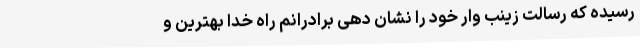
رسیده که رسالت زینب وار خود را نشان دهی برادرانم راه خدا بهترین و